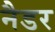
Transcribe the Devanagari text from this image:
नैडर